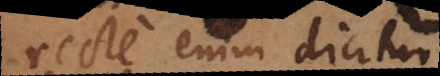
recte enim dicitur